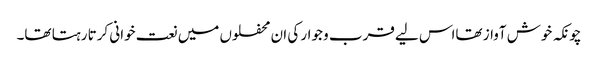
چونکہ خوش آواز تھااس لیے قرب و جوار کی ان محفلوں میں نعت خوانی کرتا رہتا تھا۔